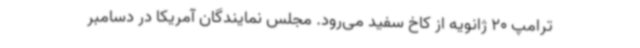
ترامپ 20 ژانویه از کاخ سفید می‌رود. مجلس نمایندگان آمریکا در دسامبر